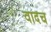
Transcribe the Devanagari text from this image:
वादच